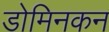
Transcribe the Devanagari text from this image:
डोमिनकन